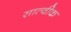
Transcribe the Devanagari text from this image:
सात्वीक